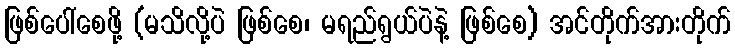
ဖြစ်ပေါ်စေဖို့ (မသိလို့ပဲ ဖြစ်စေ၊ မရည်ရွယ်ပဲနဲ့ ဖြစ်စေ) အင်တိုက်အားတိုက်